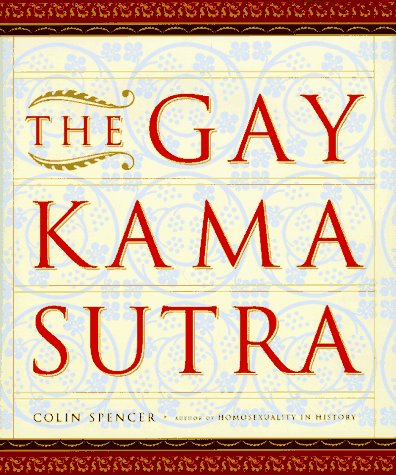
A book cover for The Gay Kama Sutra; Colin Spencer; Gay & Lesbian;